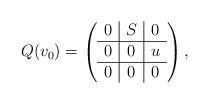
LaTeX: \begin{align*}Q(v_0)=\left( \begin{array}{c|c|c} 0 & S & 0 \\\hline 0 & 0 & u \\\hline 0 & 0 & 0 \\ \end{array} \right),\end{align*}